Newspaper: Der Lecha Caunty patriot. [volume]
Place of publication: Allentaun, Pa.
Publisher: Keck, Guth, Helfrich
Date: 1860-05-30 00:00:00
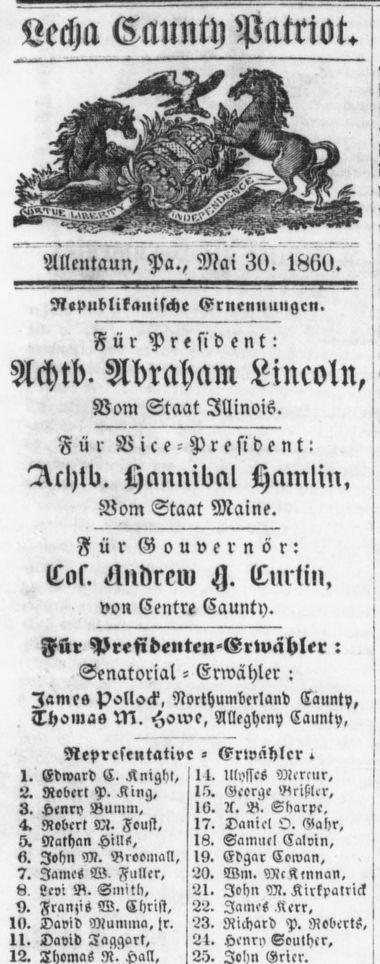
Advertisement text (OCR):
Lecha Caunty Patriot. Ailentaun, Pa., Mai All. l!8<i(>. — —!->- I ' , . ..I Republikanische Ernennungen. Für President: Achtb. Abraham Lincoln, Vom Staat Illinois. Für Vice-President: Achtli. Hcmnilial Hamlin. Vom Staat Maine. Für Gouvernör: Cos. Andrem Cmtin, von Centre Caunty. Für Prefidenten-Erwähler : Senatorial - Erwähler : James pollsek, Northumberland Taun!?, Thomas M. Howe, Allegheny Caunty, Repräsentative - Erwähler 1. Edward C, K night. It. Ulysses Mermr, 2. Robert P. King, ls>. George Nnßicr, 3. Henri? Bunini, 16. A. V. Sliarpc. 4. Robert M. Zoust, 17. Daniel O. Gal>r, 5. Nathan Hill«!, 18. Samuel Calvin, 7. James W Füller, 2g. Wm. Mc«mnan, « Levi V. Smitk, 21. John M. Kirkxatnc! V. Francs W. Christ, 22. Jame« Kerr, I«. David Mumma, >r. 23. Richard P. Roberts, 11. David Taggort, 2t. Henri' Doulher, 12. R. Hall, 25. <Srier.
Label: illustrations